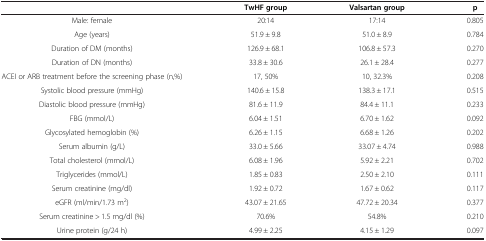
<table><thead><tr><td><b> </b></td><td><b>TwHF group</b></td><td><b>Valsartan group</b></td><td><b>p</b></td></tr></thead><tbody><tr><td>Male: female</td><td>20:14</td><td>17:14</td><td>0.805</td></tr><tr><td>Age (years)</td><td>51.9 ± 9.8</td><td>51.0 ± 8.9</td><td>0.784</td></tr><tr><td>Duration of DM (months)</td><td>126.9 ± 68.1</td><td>106.8 ± 57.3</td><td>0.270</td></tr><tr><td>Duration of DN (months)</td><td>33.8 ± 30.6</td><td>26.1 ± 28.4</td><td>0.277</td></tr><tr><td>ACEI or ARB treatment before the screening phase (n,%)</td><td>17, 50%</td><td>10, 32.3%</td><td>0.208</td></tr><tr><td>Systolic blood pressure (mmHg)</td><td>140.6 ± 15.8</td><td>138.3 ± 17.1</td><td>0.515</td></tr><tr><td>Diastolic blood pressure (mmHg)</td><td>81.6 ± 11.9</td><td>84.4 ± 11.1</td><td>0.233</td></tr><tr><td>FBG (mmol/L)</td><td>6.04 ± 1.51</td><td>6.70 ± 1.62</td><td>0.092</td></tr><tr><td>Glycosylated hemoglobin (%)</td><td>6.26 ± 1.15</td><td>6.68 ± 1.26</td><td>0.202</td></tr><tr><td>Serum albumin (g/L)</td><td>33.0 ± 5.66</td><td>33.07 ± 4.74</td><td>0.988</td></tr><tr><td>Total cholesterol (mmol/L)</td><td>6.08 ± 1.96</td><td>5.92 ± 2.21</td><td>0.702</td></tr><tr><td>Triglycerides (mmol/L)</td><td>1.85 ± 0.83</td><td>2.50 ± 2.10</td><td>0.111</td></tr><tr><td>Serum creatinine (mg/dl)</td><td>1.92 ± 0.72</td><td>1.67 ± 0.62</td><td>0.117</td></tr><tr><td>eGFR (ml/min/1.73 m<sup>2</sup>)</td><td>43.07 ± 21.65</td><td>47.72 ± 20.34</td><td>0.377</td></tr><tr><td>Serum creatinine &gt; 1.5 mg/dl (%)</td><td>70.6%</td><td>54.8%</td><td>0.210</td></tr><tr><td>Urine protein (g/24 h)</td><td>4.99 ± 2.25</td><td>4.15 ± 1.29</td><td>0.097</td></tr></tbody></table>